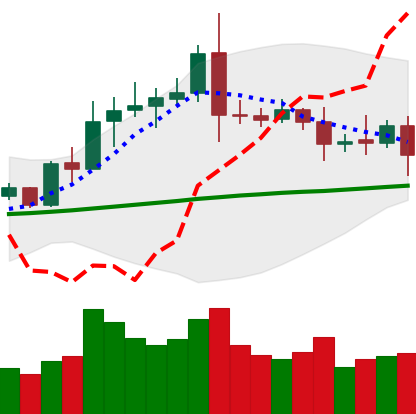
Ticker: ETC-USD
Chart end date: 2020-08-11
Forward return: 7.067%
Label: up_7plus